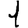
Digit: 1